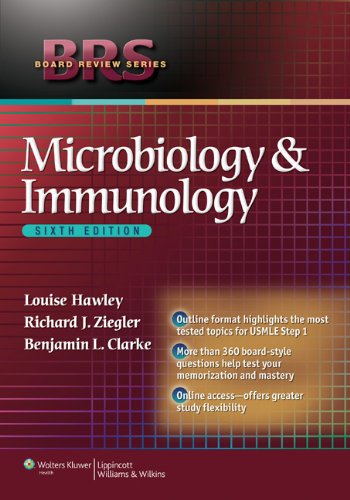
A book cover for Microbiology and Immunology (Board Review Series); Louise Hawley MD; Medical Books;